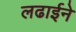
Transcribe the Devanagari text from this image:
लढाईने